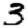
Digit: 3